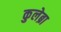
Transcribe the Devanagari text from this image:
कुलेब्रा